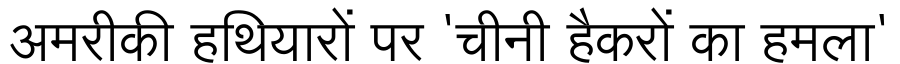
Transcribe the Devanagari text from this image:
अमरीकी हथियारों पर 'चीनी हैकरों का हमला'